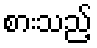
စားသည့်